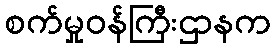
စက်မှုဝန်ကြီးဌာနက